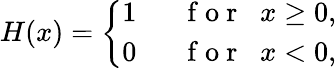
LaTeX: H(x)=\left\{ {\begin{array}{ll}{1\; \; }&{\mathrm{~f~o~r~}\; \; x\ge 0,}\\ {0\; \; }&{\mathrm{~f~o~r~}\; \; x<0,}\end{array}}\right.